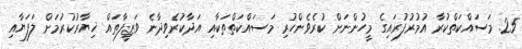
25. މަސައްކަތްކުރާ އުމުރުފުރައިގެ މީހުންނަށް ކުރެވެންހުރި މަސައްކަތްތަކާއި އަދާކުރެވިދާނެ ވަޒީފާތައް ޚިޔާރުކުރުމަށް ލަފަޔާއި